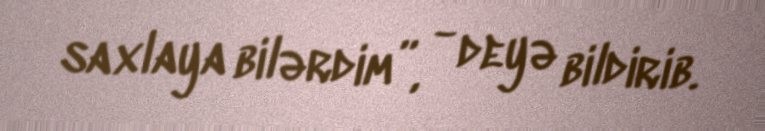
saxlaya bilərdim”, - deyə bildirib.